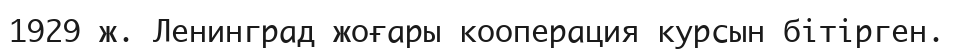
1929 ж. Ленинград жоғары кооперация курсын бітірген.